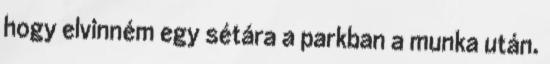
hogy elvinném egy sétára a parkban a munka után.